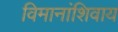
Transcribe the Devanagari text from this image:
विमानांशिवाय